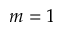
m = 1